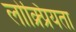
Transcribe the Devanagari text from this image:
लोक्र्प्रियता